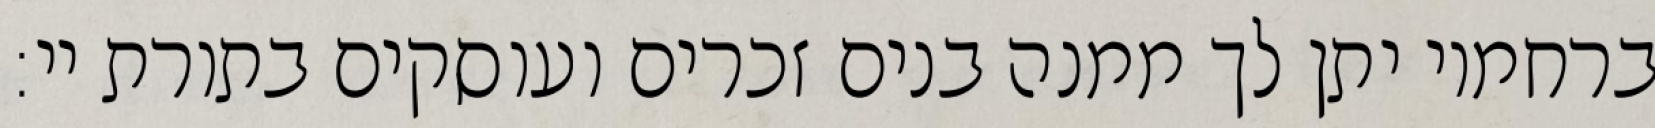
ברחמיו יתן לך ממנה בנים זכרים ועוסקים בתורת יי: